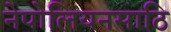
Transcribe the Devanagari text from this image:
नेपोलियनसाठि